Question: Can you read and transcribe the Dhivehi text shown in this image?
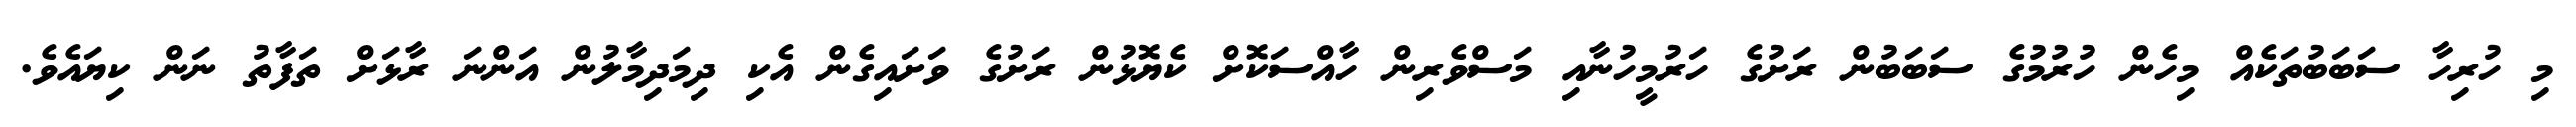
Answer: މި ހުރިހާ ސަބަބުތަކެއް މިހެން ހުރުމުގެ ސަބަބުން ރަށުގެ ހަރުމީހުނާއި މަސްވެރިން ހާއްސަކޮށް ކެޔޮޅުން ރަށުގެ ވަށައިގެން އެކި ދިމަދިމާލުން އަންނަ ރާޅަށް ތަފާތު ނަން ކިޔައެވެ.